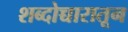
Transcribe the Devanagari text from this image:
शब्दोच्चारातून